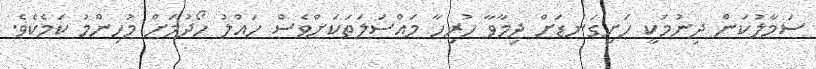
ސަމާލުކަން ދިނުމަކީ ހަށިގަނޑަށް ދިމާވާ ހުރިހާ މައްސަލަތަކަށްވެސް ހައްލު ހޯދުމަށް މުހިންމު ކަމެކެވެ.